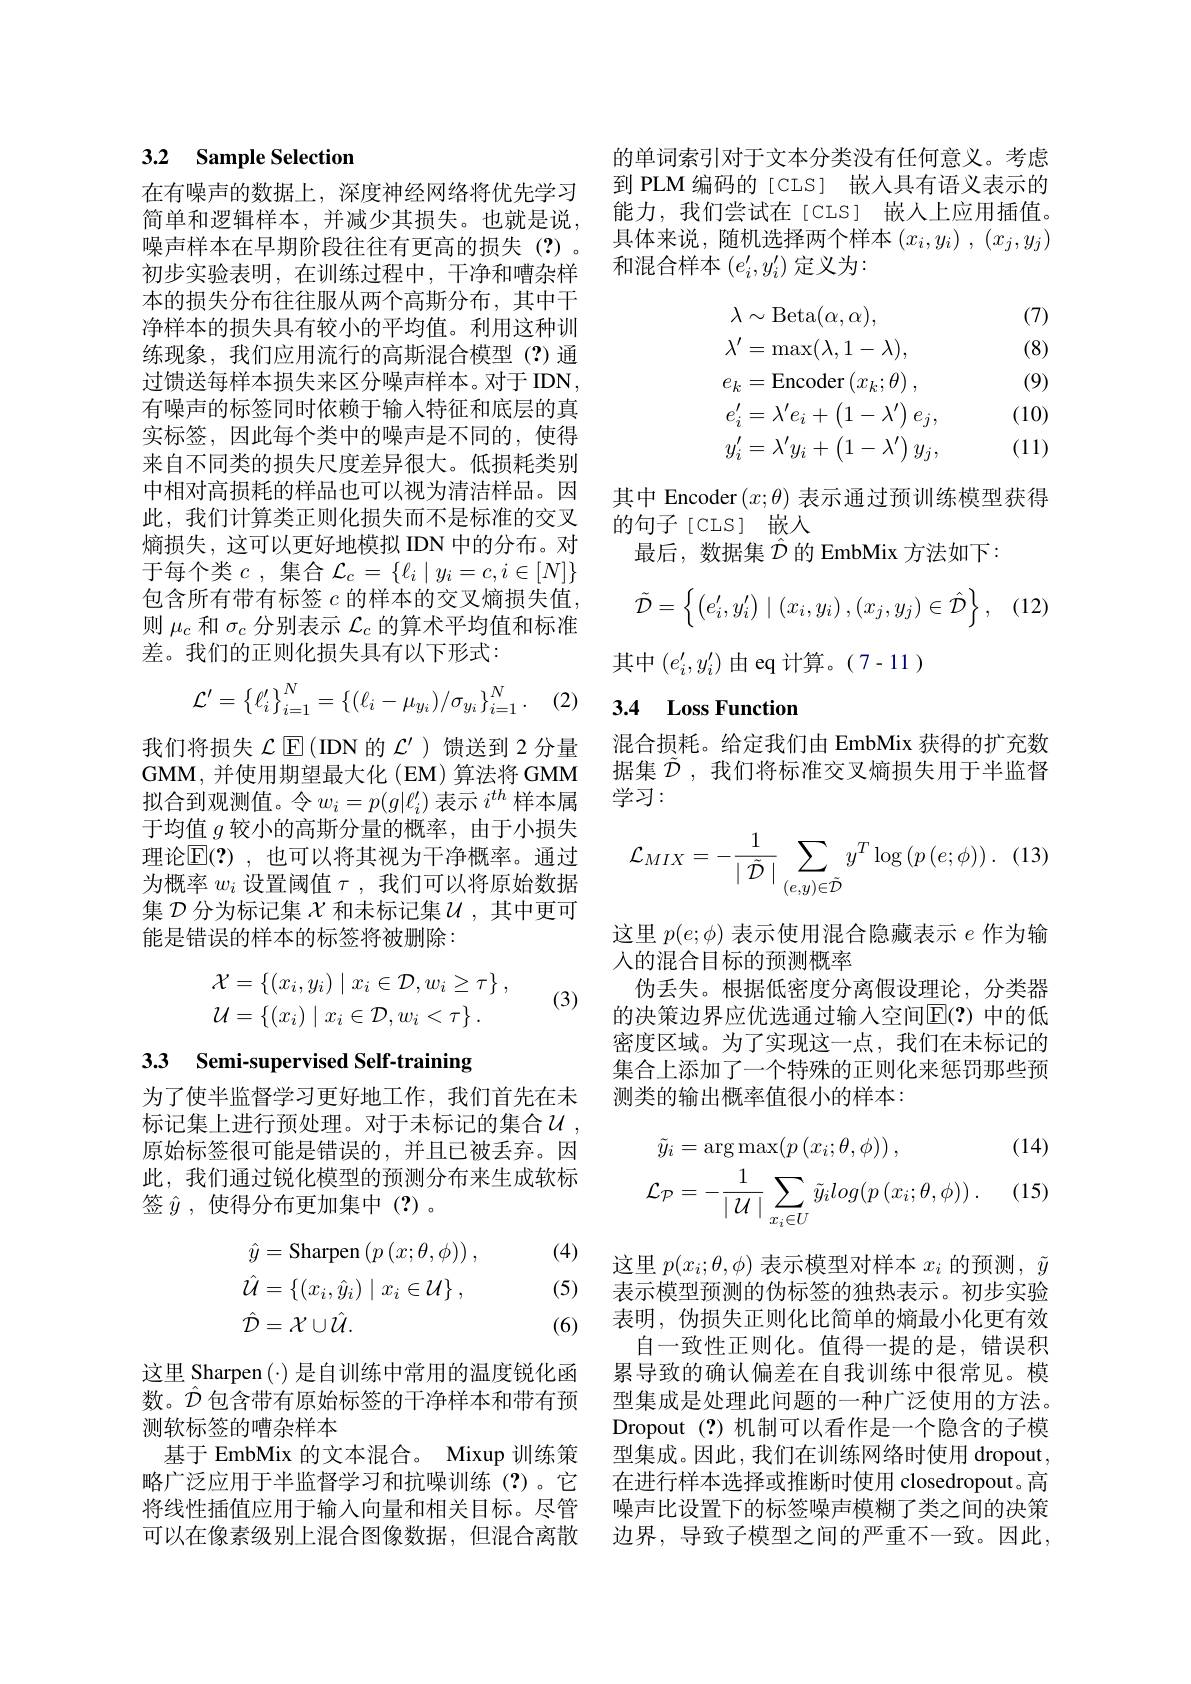
## 3.2 Sample Selection

在有噪声的数据上，深度神经网络将优先学习简单和逻辑样本，并减少其损失。也就是说， 噪声样本在早期阶段往往有更高的损失(?)。初步实验表明，在训练过程中，干净和嘈杂样本的损失分布往往服从两个高斯分布，其中干净样本的损失具有较小的平均值。利用这种训练现象，我们应用流行的高斯混合模型(?)通过馈送每样本损失来区分噪声样本。对于IDN， 有噪声的标签同时依赖于输入特征和底层的真实标签，因此每个类中的噪声是不同的，使得来自不同类的损失尺度差异很大。低损耗类别中相对高损耗的样品也可以视为清洁样品。因此，我们计算类正则化损失而不是标准的交叉熵损失，这可以更好地模拟 IDN 中的分布。对于每个类$c$ ,集合$\mathcal{L}_c=\{\ell_i\mid y_i=c,i\in[N]\}$ 包含所有带有标签$c$的样本的交叉熵损失值， 则$\mu_c$和$\sigma_c$分别表示$\mathcal{L}_c$的算术平均值和标准差。我们的正则化损失具有以下形式：
$$\mathcal{L'}=\left\{\ell_i'\right\}_{i=1}^N=\left\{(\ell_i-\mu_{y_i})/\sigma_{y_i}\right\}_{i=1}^N.$$
我们将损失$\mathcal{L}\operatorname{E}($IDN的$\mathcal{L}^\prime)$馈送到2分量GMM,并使用期望最大化(EM)算法将GMM 拟合到观测值。令$w_i=p(g|\ell_i^{\prime})$表示$i^{th}$样本属于均值$g$较小的高斯分量的概率，由于小损失理论$\mathbb{E}(?)$ ,也可以将其视为干净概率。通过为概率$w_i$设置阈值$\tau$ ,我们可以将原始数据集$\mathcal{D}$分为标记集$\chi$和未标记集$\mathcal{U}$,其中更可能是错误的样本的标签将被删除：
$$\begin{aligned}\mathcal{X}&=\{(x_i,y_i)\mid x_i\in\mathcal{D},w_i\geq\tau\}\:,\\\mathcal{U}&=\{(x_i)\mid x_i\in\mathcal{D},w_i<\tau\}\:.\end{aligned}$$
(3)

# 3.3 Semi-supervised Self-training

为了使半监督学习更好地工作，我们首先在未标记集上进行预处理。对于未标记的集合$\mathcal{U}$, 原始标签很可能是错误的，并且已被丢弃。因此，我们通过锐化模型的预测分布来生成软标签$\hat{y}$ ,使得分布更加集中(?)。

(4)
$$\begin{aligned}&\hat{y}=\mathrm{Sharpen}\left(p\left(x;\theta,\phi\right)\right),\\&\hat{\mathcal{U}}=\{(x_{i},\hat{y}_{i})\mid x_{i}\in\mathcal{U}\}\:,\\&\hat{\mathcal{D}}=\mathcal{X}\cup\hat{\mathcal{U}}.\end{aligned}$$
(5)

(6)

这里 Sharpen(·) 是自训练中常用的温度锐化函数。$\hat{\mathcal{D}}$包含带有原始标签的干净样本和带有预测软标签的嘈杂样本
基于 EmbMix 的文本混合。Mixup 训练策略广泛应用于半监督学习和抗噪训练(?)。它将线性插值应用于输入向量和相关目标。尽管可以在像素级别上混合图像数据，但混合离散

的单词索引对于文本分类没有任何意义。考虑到 PLM 编码的[CLS] 嵌人具有语义表示的能力，我们尝试在[CLS] 嵌人上应用插值。具体来说，随机选择两个样本$( x_i, y_i)$ , $( x_j, y_j)$ 和混合样本$(e_i^{\prime},y_i^{\prime})$定义为：

(7)

(8)

(9)
$$\begin{aligned}&\lambda\sim\mathrm{Beta}(\alpha,\alpha),\\&\lambda^{\prime}=\max(\lambda,1-\lambda),\\&e_{k}=\mathrm{Encoder}\left(x_{k};\theta\right),\\&e_{i}^{\prime}=\lambda^{\prime}e_{i}+\left(1-\lambda^{\prime}\right)e_{j},\\&y_{i}^{\prime}=\lambda^{\prime}y_{i}+\left(1-\lambda^{\prime}\right)y_{j},\end{aligned}$$
(10)

(11)

其中 Encoder $(x;\theta)$表示通过预训练模型获得
的句子[CLS] 嵌人
最后，数据集$\hat{\mathcal{D}}$的 EmbMix 方法如下：
$$\tilde{\mathcal{D}}=\left\{\begin{pmatrix}e_i',y_i'\end{pmatrix}\mid(x_i,y_i)\:,(x_j,y_j)\in\hat{\mathcal{D}}\right\},$$
其中$(e_i^{\prime},y_i^{\prime})$由 eq 计算。(7-11)

## 3.4 Loss Function

混合损耗。给定我们由 EmbMix 获得的扩充数据集$\tilde{\mathcal{D}}$ ,我们将标准交叉熵损失用于半监督学习：
$$\mathcal{L}_{MIX}=-\frac{1}{\mid\tilde{\mathcal{D}}\mid}\sum_{(e,y)\in\tilde{\mathcal{D}}}y^{T}\log\left(p\left(e;\phi\right)\right).$$
这里$p(e;\phi)$表示使用混合隐藏表示$e$作为输
入的混合目标的预测概率
伪丢失。根据低密度分离假设理论，分类器的决策边界应优选通过输入空间$\overline{\mathbb{E}}(?)$ 中的低密度区域。为了实现这一点，我们在未标记的集合上添加了一个特殊的正则化来惩罚那些预测类的输出概率值很小的样本：

(14)
$$\begin{aligned}\tilde{y}_{i}&=\arg\max(p\left(x_{i};\theta,\phi\right))\:,\\\mathcal{L}_{\mathcal{P}}&=-\frac{1}{\mid\mathcal{U}\mid}\sum_{x_{i}\in U}\tilde{y}_{i}log(p\:(x_{i};\theta,\phi))\:.\end{aligned}$$
(15)

这里$p(x_i;\theta,\phi)$表示模型对样本$x_i$的预测，$\tilde{y}$ 表示模型预测的伪标签的独热表示。初步实验表明，伪损失正则化比简单的熵最小化更有效
自一致性正则化。值得一提的是，错误积累导致的确认偏差在自我训练中很常见。模型集成是处理此问题的一种广泛使用的方法。Dropout (?)机制可以看作是一个隐含的子模$\dot{\text{型集成。因此，我们在训练网络时使用 dropout}}$, 在进行样本选择或推断时使用 closedropout。高噪声比设置下的标签噪声模糊了类之间的决策边界，导致子模型之间的严重不一致。因此，